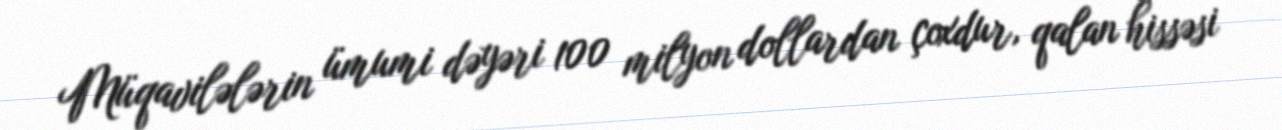
Müqavilələrin ümumi dəyəri 100 milyon dollardan çoxdur, qalan hissəsi